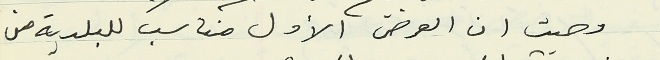
وحيث ان العرض الأول مناسب للبلدية من